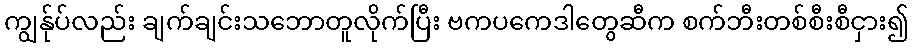
ကျွန်ုပ်လည်း ချက်ချင်းသဘောတူလိုက်ပြီး ဗကပကေဒါတွေဆီက စက်ဘီးတစ်စီးစီငှား၍